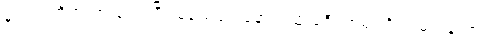
နဲ့ပဲ အံကြိတ်အားတင်းပြီး မသေခင် နောက်ဆုံးခရီးကြမ်းကို လှမ်းနေတာပဲ။